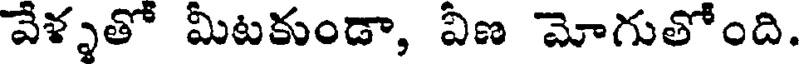
వేళ్ళతో మీటకుండా, విణ మోగుతోంది.